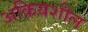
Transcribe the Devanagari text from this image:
अक्रियशील